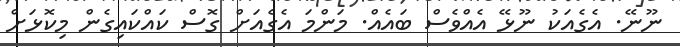
ނޫނޭ. އެގެއަކު ނޫޅޭ އެއްވެސް ބައެއް. މަންމަ އެގެއަށް ގޮސް ކައްކައިގެން މިކޮޅަށް